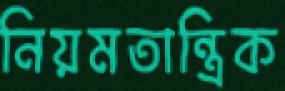
নিয়মতান্ত্রিক